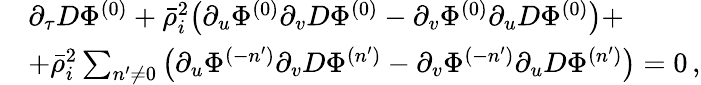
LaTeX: \begin{array}{rl}&{\partial_{\tau}D\Phi^{(0)}+\bar{\rho}_{i}^{2}\big(\partial_{u}\Phi^{(0)}\partial_{v}D\Phi^{(0)}-\partial_{v}\Phi^{(0)}\partial_{u}D\Phi^{(0)}\big)+}\\ &{+\bar{\rho}_{i}^{2}\sum_{n^{\prime}\neq 0}\big(\partial_{u}\Phi^{(-n^{\prime})}\partial_{v}D\Phi^{(n^{\prime})}-\partial_{v}\Phi^{(-n^{\prime})}\partial_{u}D\Phi^{(n^{\prime})}\big)=0\, ,}\end{array}